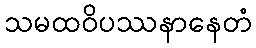
သမထဝိပဿနာနေတံ